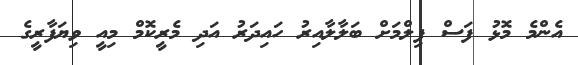
އެންމެ މޮޅު ފަސް ފިލްމަށް ބަލާލާއިރު ހައިދަރު އަދި މެރީކޮމް މިއީ ވިޔަފާރީގެ